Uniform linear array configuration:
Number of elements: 24
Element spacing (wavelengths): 1
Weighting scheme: blackman
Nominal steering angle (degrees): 45
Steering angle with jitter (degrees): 46.3
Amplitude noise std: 0.05
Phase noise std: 0.05

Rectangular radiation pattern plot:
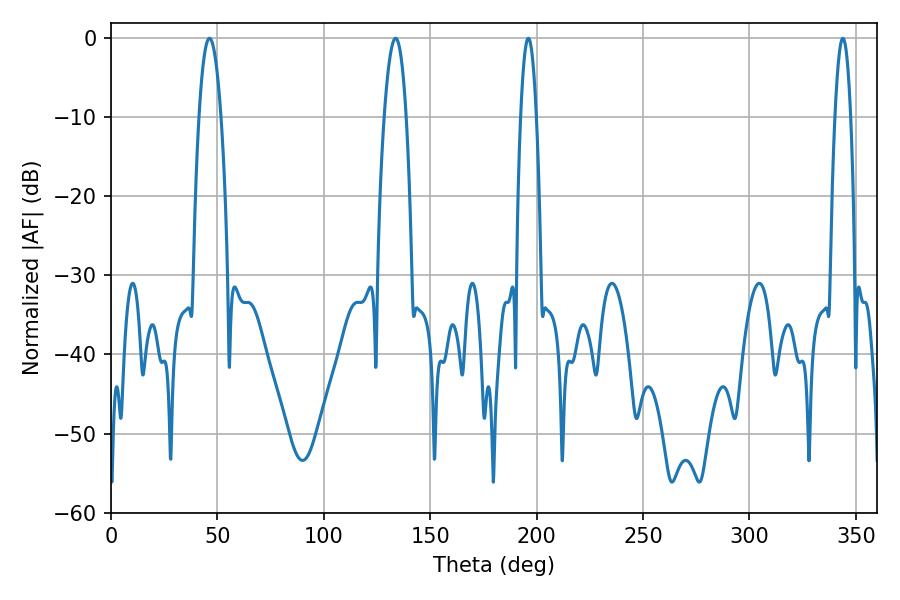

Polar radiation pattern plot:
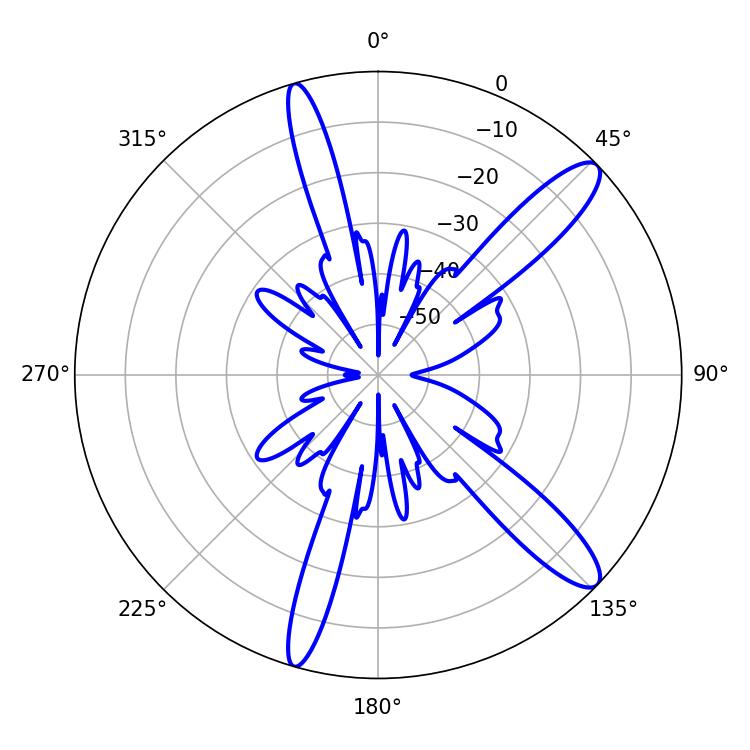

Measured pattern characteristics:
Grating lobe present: TRUE
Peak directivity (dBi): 12.501
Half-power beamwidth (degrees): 5.58
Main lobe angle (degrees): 46.26